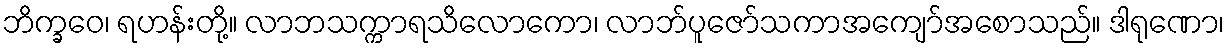
ဘိက္ခဝေ၊ ရဟန်းတို့။ လာဘသက္ကာရသိလောကော၊ လာဘ်ပူဇော်သကာအကျော်အစောသည်။ ဒါရုဏော၊